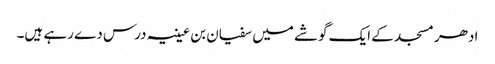
ادھر مسجد کے ایک گوشے میں سفیان بن عیینہ درس دے رہے ہیں۔